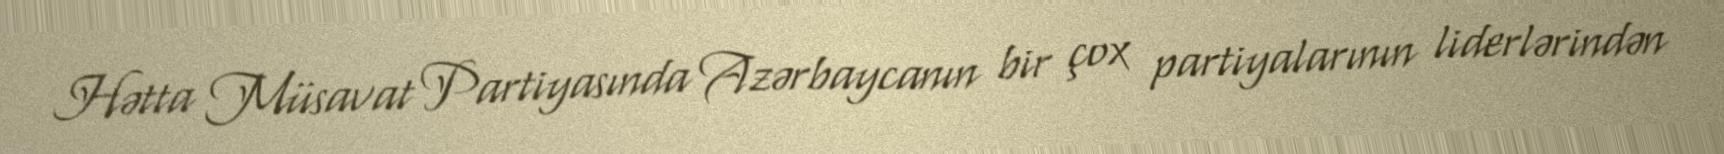
Hətta Müsavat Partiyasında Azərbaycanın bir çox partiyalarının liderlərindən